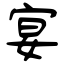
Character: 宴